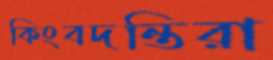
কিংবদন্তিরা